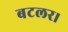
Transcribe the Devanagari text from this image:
बटलर।